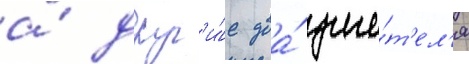
а́ друг'и́е два́ учи́т'ел'я